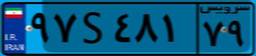
۹۷S۴۸۱۷۹